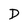
Character: D